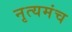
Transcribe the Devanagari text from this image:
नृत्यमंच